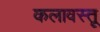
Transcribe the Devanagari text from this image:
कलावस्तू